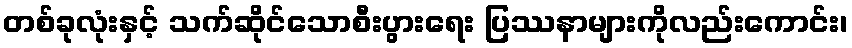
တစ်ခုလုံးနှင့် သက်ဆိုင်သောစီးပွားရေး ပြဿနာများကိုလည်းကောင်း၊